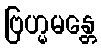
ဗြဟ္မမန္တေ